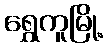
ရွှေကူမြို့